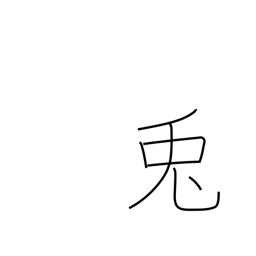
Meaning: rabbit